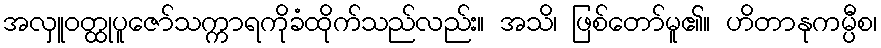
အလှူဝတ္ထုပူဇော်သက္ကာရကိုခံထိုက်သည်လည်း။ အသိ၊ ဖြစ်တော်မူ၏။ ဟိတာနုကမ္ပီစ၊